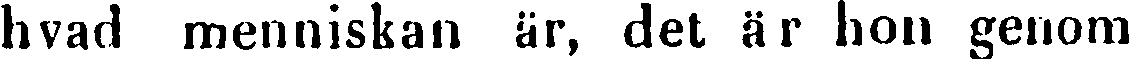
livad menniskan är, det är hon genom